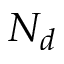
N _ { d }